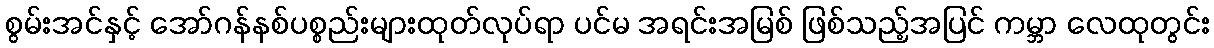
စွမ်းအင်နှင့် အော်ဂန်နစ်ပစ္စည်းများထုတ်လုပ်ရာ ပင်မ အရင်းအမြစ် ဖြစ်သည့်အပြင် ကမ္ဘာ လေထုတွင်း